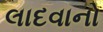
લાદવાનો